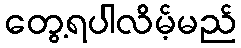
တွေ့ရပါလိမ့်မည်